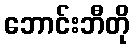
ဘောင်းဘီတို